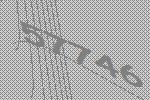
57746